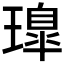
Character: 𤩢